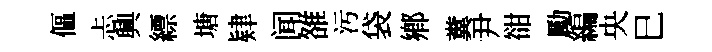
傴忐興縹塘肄闻雒汚袋鄉糞尹𧮳勵編央巳